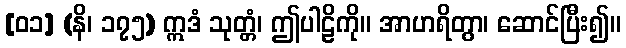
[၀၁] (နိ၊ ၁၇၅) ဣဒံ သုတ္တံ၊ ဤပါဠိကို။ အာဟရိတွာ၊ ဆောင်ပြီး၍။